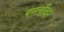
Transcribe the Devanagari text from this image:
पत्तनंतिट्टा